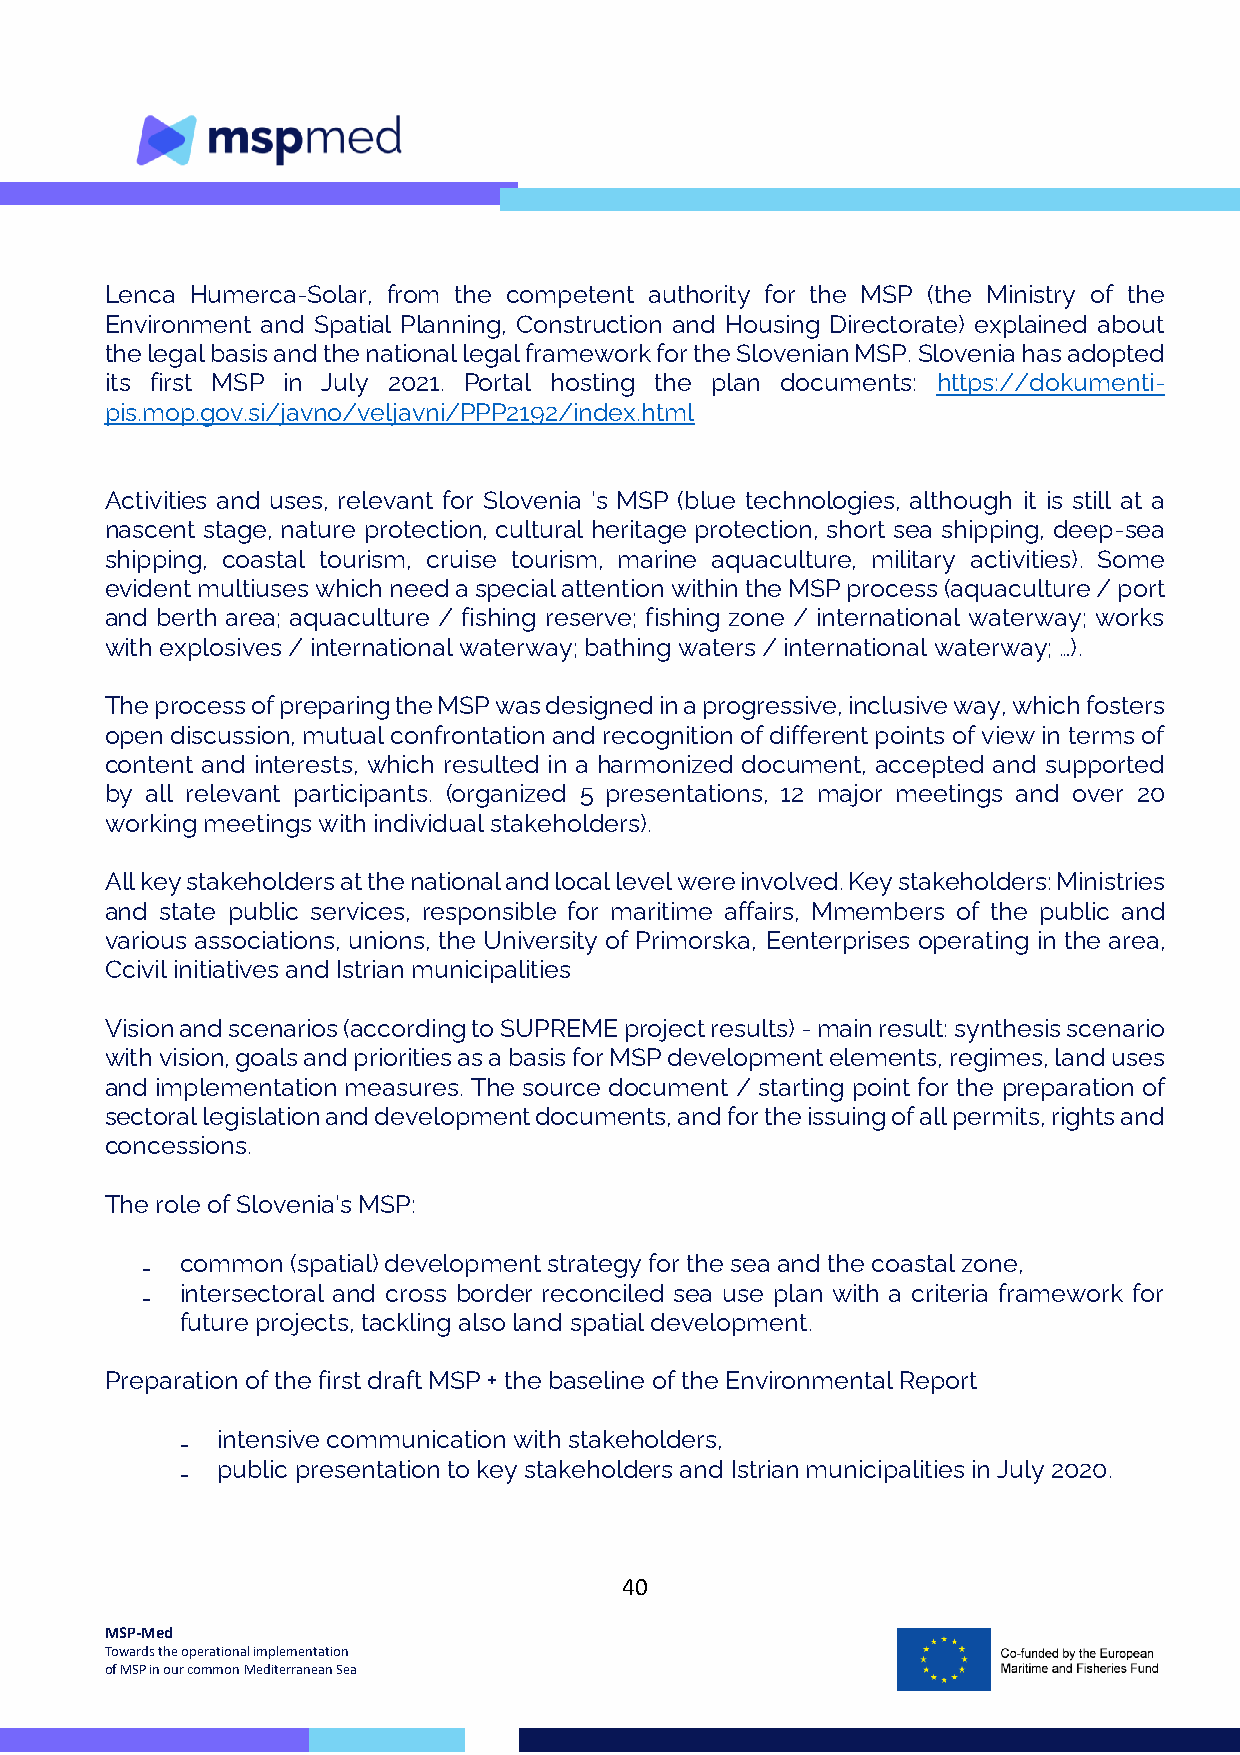
Lenca Humerca-Solar, from the competent authority for the MSP (the Ministry of the
 Environment and Spatial Planning, Construction and Housing Directorate) explained about
 the legal basis and the national legal framework for the Slovenian MSP. Slovenia has adopted
 its first MSP in July 2021. Portal hosting the plan documents: https://dokumenti-
 pis.mop.gov.si/javno/veljavni/PPP2192/index.html
 Activities and uses, relevant for Slovenia ‘s MSP (blue technologies, although it is still at a
 nascent stage, nature protection, cultural heritage protection, short sea shipping, deep-sea
 shipping, coastal tourism, cruise tourism, marine aquaculture, military activities). Some
 evident multiuses which need a special attention within the MSP process (aquaculture / port
 and berth area; aquaculture / fishing reserve; fishing zone / international waterway; works
 with explosives / international waterway; bathing waters / international waterway; …).
 The process of preparing the MSP was designed in a progressive, inclusive way, which fosters
 open discussion, mutual confrontation and recognition of different points of view in terms of
 content and interests, which resulted in a harmonized document, accepted and supported
 by all relevant participants. (organized 5 presentations, 12 major meetings and over 20
 working meetings with individual stakeholders).
 All key stakeholders at the national and local level were involved. Key stakeholders: Ministries
 and state public services, responsible for maritime affairs, Mmembers of the public and
 various associations, unions, the University of Primorska, Eenterprises operating in the area,
 Ccivil initiatives and Istrian municipalities
 Vision and scenarios (according to SUPREME project results) - main result: synthesis scenario
 with vision, goals and priorities as a basis for MSP development elements, regimes, land uses
 and implementation measures. The source document / starting point for the preparation of
 sectoral legislation and development documents, and for the issuing of all permits, rights and
 concessions.
 The role of Slovenia‘s MSP:
 ₋  common (spatial) development strategy for the sea and the coastal zone,
 ₋  intersectoral and cross border reconciled sea use plan with a criteria framework for
 future projects, tackling also land spatial development.
 Preparation of the first draft MSP + the baseline of the Environmental Report
 ₋ intensive communication with stakeholders,
 ₋ public presentation to key stakeholders and Istrian municipalities in July 2020.
 40
 MSP-Med
 Towards the operational implementation
 of MSP in our common Mediterranean Sea